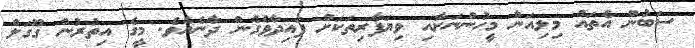
ސަބުން އެތައް މިލިއަން މީހުންނަށާއި ވިޔަފާރިތަކަށް ފައިދާވެގެން ދާނެއެވެ. މީގެ އިތުރުން ގޫގަލް